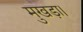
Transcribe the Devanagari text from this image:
मुखड़ा।